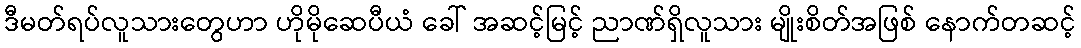
ဒီမတ်ရပ်လူသားတွေဟာ ဟိုမိုဆေပီယံ ခေါ် အဆင့်မြင့် ညာဏ်ရှိလူသား မျိုးစိတ်အဖြစ် နောက်တဆင့်